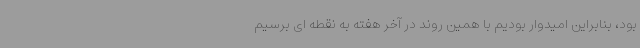
بود، بنابراین امیدوار بودیم با همین روند در آخر هفته به نقطه ای برسیم